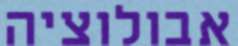
אבולוציה